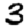
Digit: 3